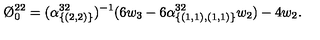
\O _ { 0 } ^ { 2 2 } = ( \alpha _ { \{ ( 2 , 2 ) \} } ^ { 3 2 } ) ^ { - 1 } ( 6 w _ { 3 } - 6 \alpha _ { \{ ( 1 , 1 ) , ( 1 , 1 ) \} } ^ { 3 2 } w _ { 2 } ) - 4 w _ { 2 } .